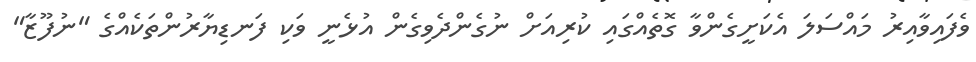
ވެފައިވާއިރު މައްސަލަ އެކަށީގެންވާ ގޮތެއްގައި ކުރިއަށް ނުގެންދެވިގެން އުޅެނީ ވަކި ފަނޑިޔާރުންތަކެއްގެ "ނުފޫޒާ"